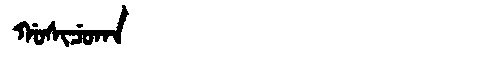
Manchu: ᡤᠣᠰᡳᠴᡠᡴᠠ
Romanization: GOSICUKA